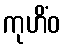
ကုဟိံဝ